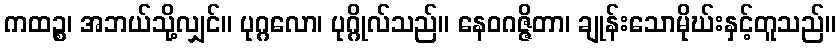
ကထဉ္စ၊ အဘယ်သို့လျှင်။ ပုဂ္ဂလော၊ ပုဂ္ဂိုလ်သည်။ နေဝဂဇ္ဇိတာ၊ ချုန်းသောမိုဃ်းနှင့်တူသည်။